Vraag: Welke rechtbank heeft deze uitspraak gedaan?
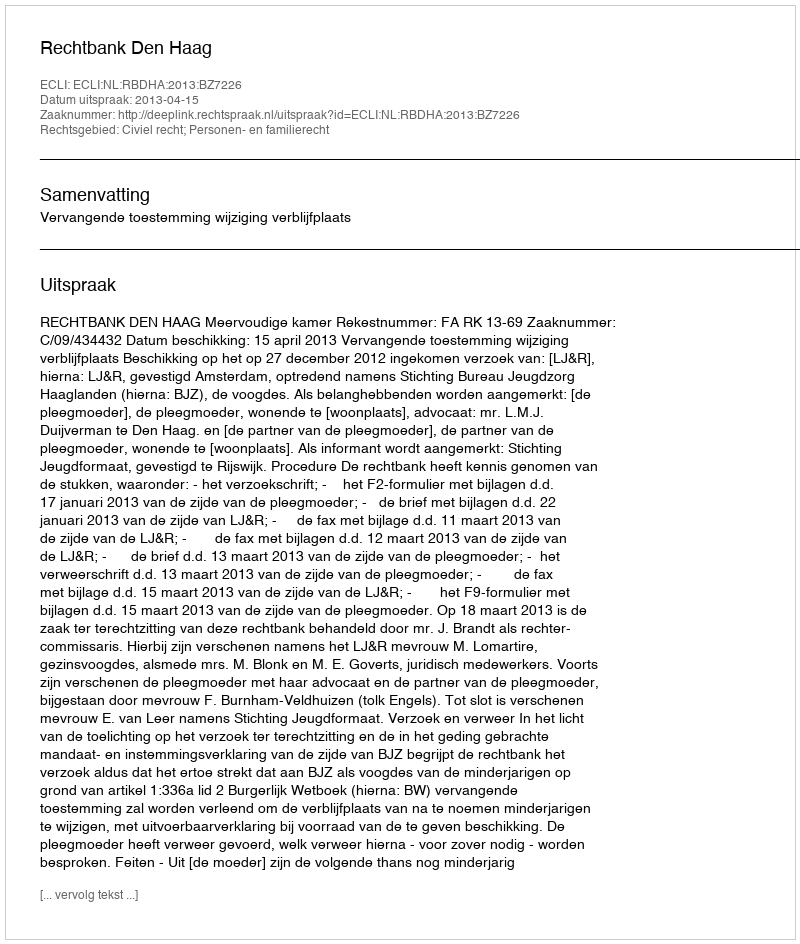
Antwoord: Rechtbank Den Haag